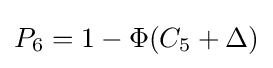
P_{\text{6}}=1-\Phi (C_{\text{5}}+\Delta )